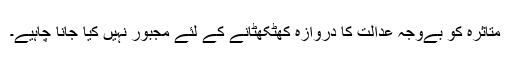
متاثرہ کو بےوجہ عدالت کا دروازہ کھٹکھٹانے کے لئے مجبور نہیں کیا جانا چاہیے۔